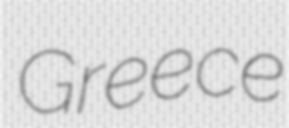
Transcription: Greece